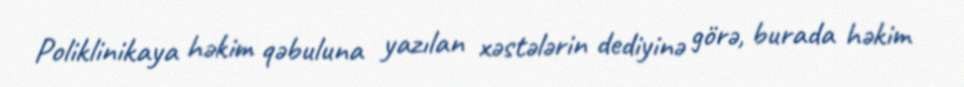
Poliklinikaya həkim qəbuluna yazılan xəstələrin dediyinə görə, burada həkim